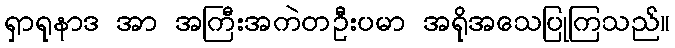
ရှာရုနာဒ အာ အကြီးအကဲတဦးပမာ အရိုအသေပြုကြသည်။